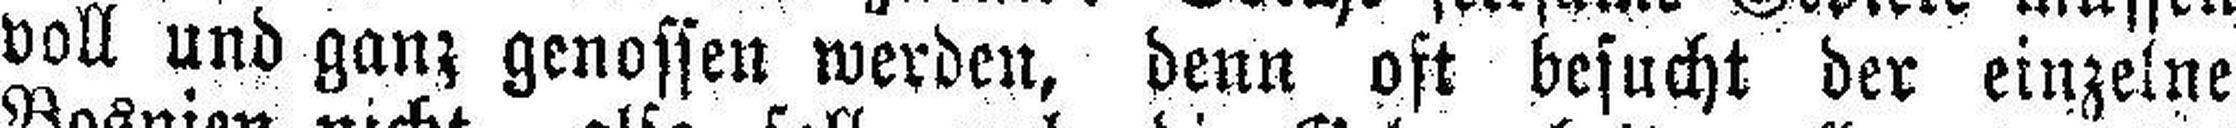
voll und ganz genossen werden, denn oft besucht der einzelne